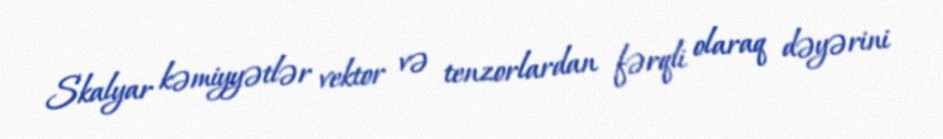
Skalyar kəmiyyətlər vektor və tenzorlardan fərqli olaraq dəyərini